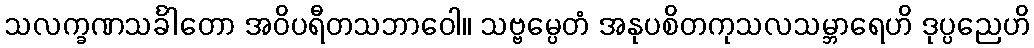
သလက္ခဏသင်္ခါတော အဝိပရီတသဘာဝေါ။ သဗ္ဗမ္ပေတံ အနုပစိတကုသလသမ္ဘာရေဟိ ဒုပ္ပညေဟိ